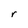
Character: r